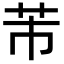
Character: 芾